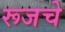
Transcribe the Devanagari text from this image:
रूजचे